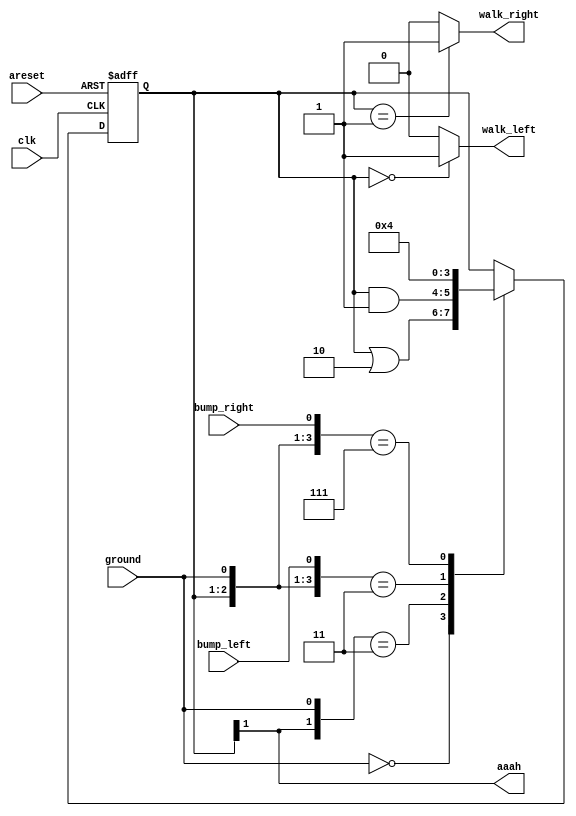
// https://hdlbits.01xz.net/wiki/Lemmings2

module top_module(
    input clk,
    input areset,    // Freshly brainwashed Lemmings walk left.
    input bump_left,
    input bump_right,
    input ground,
    output walk_left,
    output walk_right,
    output aaah );

    //                     fall dir
    parameter W_LEFT  = 2'b0____0;
    parameter W_RIGHT = 2'b0____1;
    parameter F_LEFT  = 2'b1____0;
    parameter F_RIGHT = 2'b1____1;

    reg [1:0] state;
    reg [1:0] next_state;

    always @(*) begin
        // State transition logic
        casez ({state, ground, bump_left, bump_right})
            {2'b??,   3'b0??}: next_state = state | 2'b10;
            {2'b1?,   3'b1??}: next_state = state & 2'b01;
            {W_LEFT,  3'b11?}: next_state = W_RIGHT;
            {W_RIGHT, 3'b1?1}: next_state = W_LEFT;
            default:           next_state = state;
        endcase
    end

    always @(posedge clk, posedge areset) begin
        // State flip-flops with asynchronous reset
        if(areset) begin
            state <= W_LEFT;
        end else begin
            state <= next_state;
        end
    end

    // Output logic
    assign aaah       = state[1];
    assign walk_left  = (state == W_LEFT  ? 1'b1 : 1'b0);
    assign walk_right = (state == W_RIGHT ? 1'b1 : 1'b0);

endmodule